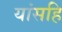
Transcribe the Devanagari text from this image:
यांसहि